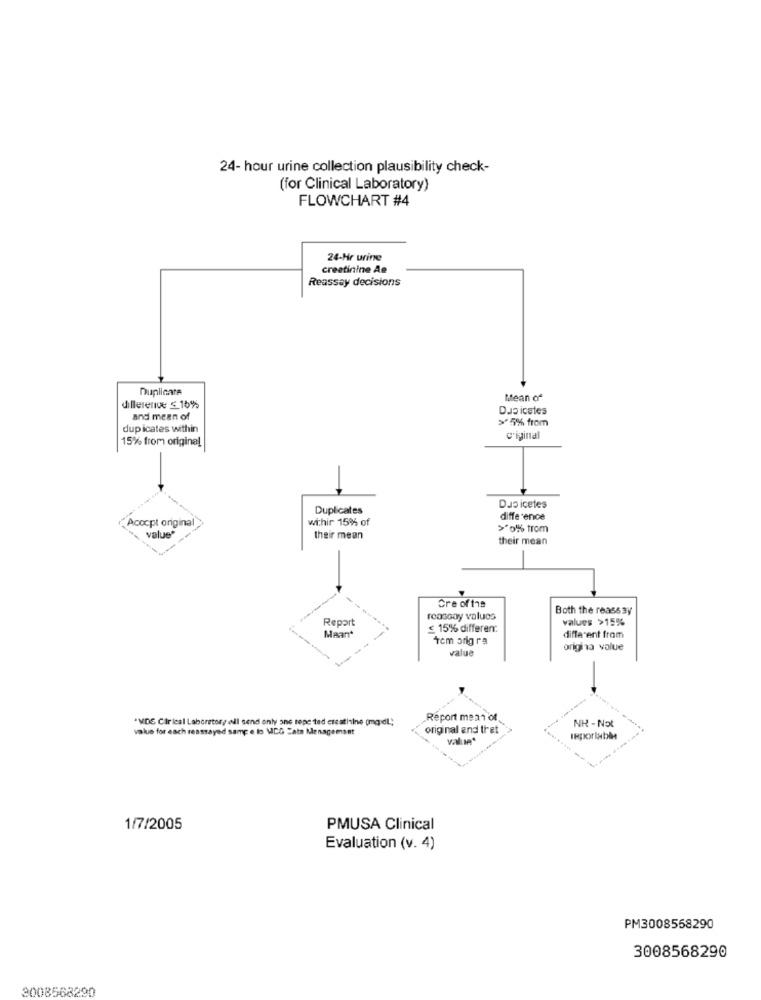
24- hour urine collection plausibility check-
(for Clinical Laboratory)
FLOWCHART #4
24-Hr urine
creatinine Ae
Reassay decisions
Duplicate
Mean of
dillerende ≤ 16%
Duo icetes
and mean of
>5% from
duplicates within
15% from original
c'iginal
Duplicates
Das icetes
withir 15% of
difference
Acocpt original
>*0% from
value"
their mean
their mean
Cre of the
Both the reass ay
Report
roasooy values
values >15%
Maan'
£ 15% differen:
Tem orig ra
different from
value
origha value
"VDS Cir ical Laboratory will send only one tepe ted etaatilne (mg/dl .;
Report mean of
NK - Not
value for each resstayed same e to MICG Cats Menagement
original and that
value"
IRporINbin
1/7/2005
PMUSA Clinical
Evaluation (v. 4)
PM3008558290
3008568290
3008568290